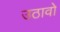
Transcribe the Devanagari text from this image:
उठावो